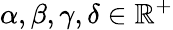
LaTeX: \alpha,\beta,\gamma,\delta\in\mathbb{R}^{+}